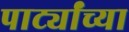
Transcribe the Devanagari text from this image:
पार्ट्यांच्या